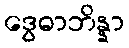
ဒွေဓာဘိန္နာ